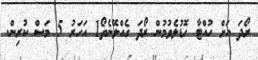
ރޯދަ އަށް ހުއްޓާ ހޮޑުލެވުމުން ރޯދަ ގެއްލޭނެތޯ1 އަހަރު 5 މަސް ކުރިން.